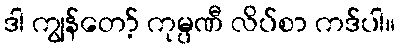
ဒါ ကျွန်တော့် ကုမ္ပဏီ လိပ်စာ ကဒ်ပါ။